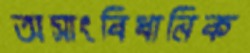
অসাংবিধানিক